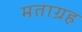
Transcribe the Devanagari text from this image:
मताग्रह